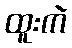
ထူးကဲ